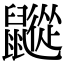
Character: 𪖁